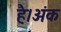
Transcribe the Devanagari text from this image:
है।अंक